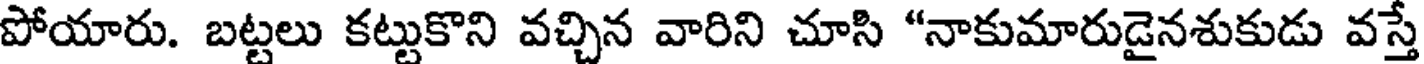
పోయారు. బట్టలు కట్టుకొని వచ్చిన వారిని చూసి "నాకుమారుడైనశుకుడు వస్తే